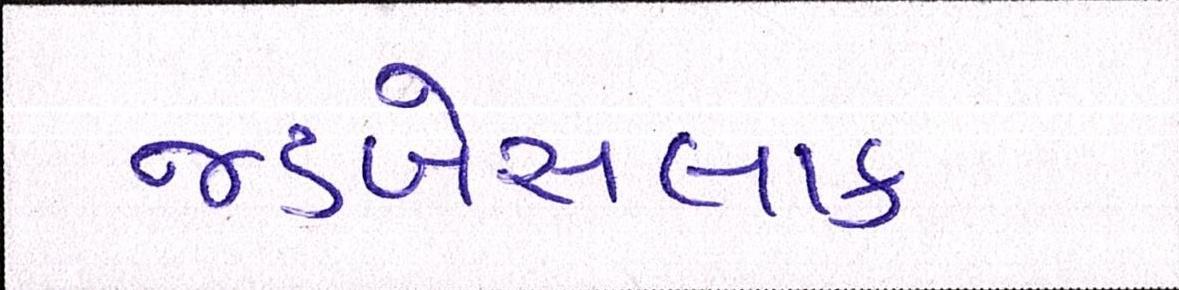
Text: જડબેસલાક